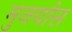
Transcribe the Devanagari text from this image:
मुजर्यास